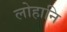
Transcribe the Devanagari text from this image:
लोहानि